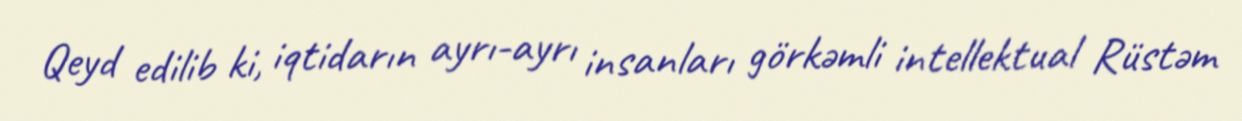
Qeyd edilib ki, iqtidarın ayrı-ayrı insanları görkəmli intellektual Rüstəm